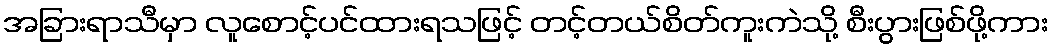
အခြားရာသီမှာ လူစောင့်ပင်ထားရသဖြင့် တင့်တယ်စိတ်ကူးကဲသို့ စီးပွားဖြစ်ဖို့ကား